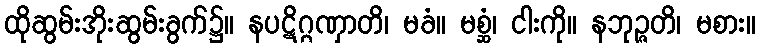
ထိုဆွမ်းအိုးဆွမ်းခွက်၌။ နပဋိဂ္ဂဏှာတိ၊ မခံ။ မစ္ဆံ၊ ငါးကို။ နဘုဉ္ဇတိ၊ မစား။